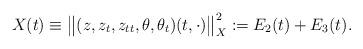
LaTeX: \begin{align*}X(t) \equiv \big\|(z, z_{t}, z_{tt}, \theta, \theta_{t})(t, \cdot)\big\|_{X}^{2} := E_2(t)+E_3(t). \end{align*}